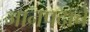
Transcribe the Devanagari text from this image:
जानपदाचे